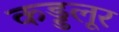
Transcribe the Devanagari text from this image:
कड्डलूर